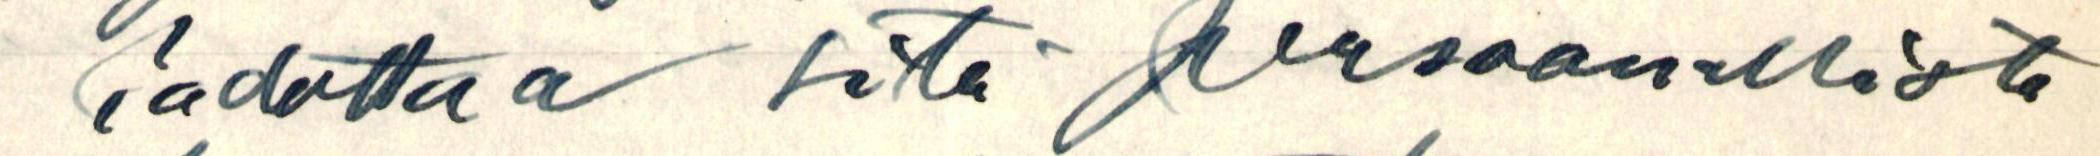
 kadottaa sitä persoonallista